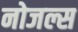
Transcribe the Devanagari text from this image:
नोजल्स